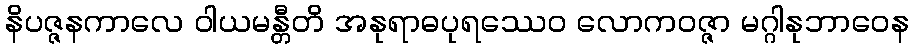
နိပဇ္ဇနကာလေ ဝါယမန္တီတိ အနုရာဓပုရဿေဝ လောကဝဇ္ဇာ မဂ္ဂါနုဘာဝေန